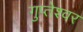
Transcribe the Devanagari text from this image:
गुप्तेश्‍वर